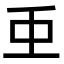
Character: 𮓱